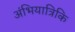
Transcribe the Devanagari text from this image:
अंभियात्रिकि